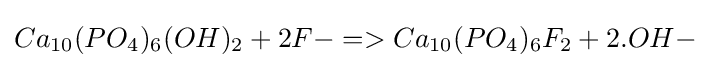
Ca_{10}(PO_{4})_{6}(OH)_{2}+2F-=>Ca_{10}(PO_{4})_{6}F_{2}+2.OH-